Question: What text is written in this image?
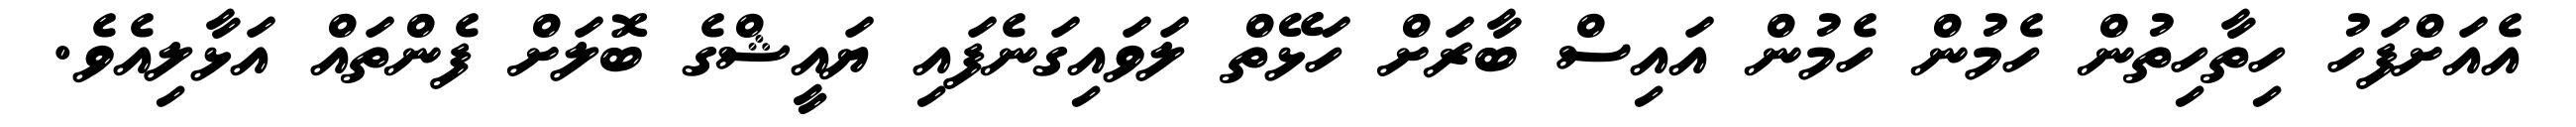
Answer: އެއަށްފަހު ހިތާހިތުން ހެމުން ހެމުން އައިސް ބާރަށް ހަޅޭތް ލަވައިގަނެފައި ޔައީޝްގެ ބޮލަށް ފެންތައް އަޅާލިއެވެ.